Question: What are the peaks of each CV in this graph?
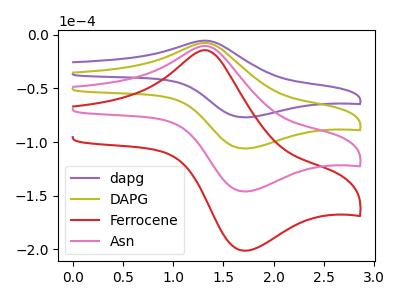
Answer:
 <answer>The purple curve "dapg" has an anodic peak at (1.35V, -5.50uA) and a cathodic peak at (1.70V, -76.85uA). The olive curve "DAPG" has an anodic peak at (1.35V, -7.60uA) and a cathodic peak at (1.70V, -105.90uA). The red curve "Ferrocene" has an anodic peak at (1.35V, -22.75uA) and a cathodic peak at (1.70V, -317.70uA). The pink curve "Asn" has an anodic peak at (1.35V, -15.15uA) and a cathodic peak at (1.70V, -211.80uA).</answer>
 <eval></eval>